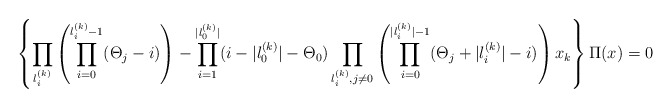
\begin{align*}\left\{\prod_{l_i^{(k)}}\left(\prod_{i=0}^{l_i^{(k)}-1}(\Theta_j-i)\right)-\prod_{i=1}^{|l_0^{(k)}|}(i-|l_0^{(k)}|-\Theta_0)\prod_{l_i^{(k)},j\neq 0}\left(\prod_{i=0}^{|l_i^{(k)}|-1}(\Theta_j+|l_i^{(k)}|-i)\right)x_k\right\}\Pi(x)=0\end{align*}